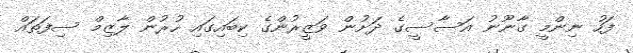
ފަހު ނިންމީ ގާނޫނު އަސާސީގެ ދަށުން ވަޒީރުންގެ ކިބައިގައި ހުރުން ލާޒިމް ސިފަތައް